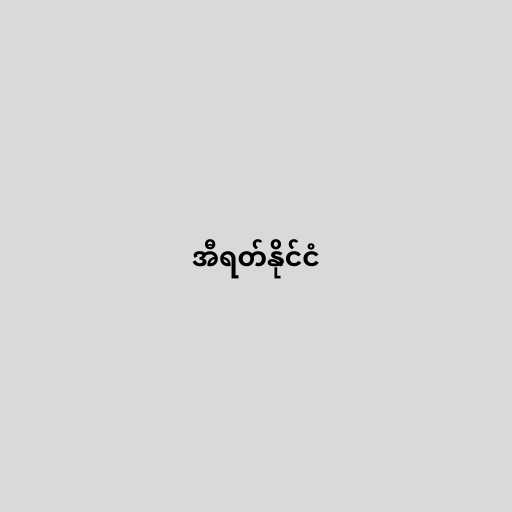
အီရတ်နိုင်ငံ